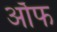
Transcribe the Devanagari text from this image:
र्ऑफ